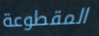
المقطوعة